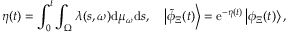
\eta ( t ) = \int _ { 0 } ^ { t } \int _ { \Omega } \lambda ( s , \omega ) \mathrm { d } \mu _ { \omega } \mathrm { d } s , \quad \left| \tilde { \phi } _ { \Xi } ( t ) \right\rangle = \mathrm { e } ^ { - \eta ( t ) } \left| \phi _ { \Xi } ( t ) \right\rangle ,